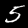
Label: 5